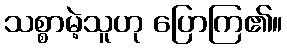
သစ္စာမဲ့သူဟု ပြောကြ၏။